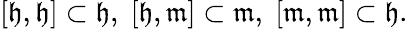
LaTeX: [{\mathfrak{h}},{\mathfrak{h}}]\subset{\mathfrak{h}},\; [{\mathfrak{h}},{\mathfrak{m}}]\subset{\mathfrak{m}},\; [{\mathfrak{m}},{\mathfrak{m}}]\subset{\mathfrak{h}}.